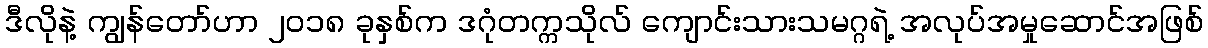
ဒီလိုနဲ့ ကျွန်တော်ဟာ ၂၀၁၈ ခုနှစ်က ဒဂုံတက္ကသိုလ် ကျောင်းသားသမဂ္ဂရဲ့ အလုပ်အမှုဆောင်အဖြစ်